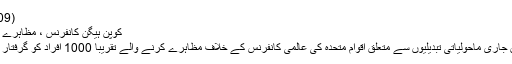
(13.12.2009)
کوپن ہیگن کانفرنس ، مظاہرے اور گرفتاریاں
کوپن ہیگن میں جاری ماحولیاتی تبدیلیوں سے متعلق اقوام متحدہ کی عالمی کانفرنس کے خلاف مظاہرے کرنے والے تقریبا 1000 افراد کو گرفتار کر لیا گیا ہے۔